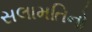
સલામતિનો